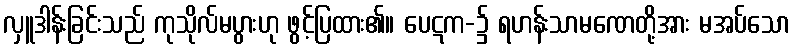
လှူဒါန်းခြင်းသည် ကုသိုလ်မပွားဟု ဖွင့်ပြထား၏။ ပေဋက-၌ ရဟန်းသာမဏေတို့အား မအပ်သော